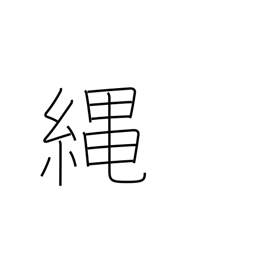
Meaning: cord